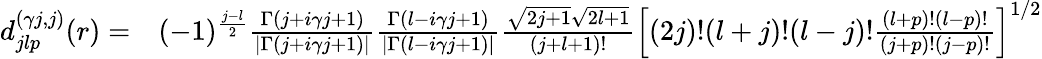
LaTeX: \begin{array}{rl}{d_{jlp}^{(\gamma j,j)}(r)=}&{{}(-1)^{\frac{j-l}{2}}\frac{\Gamma\left(j+i\gamma j+1\right)}{\left|\Gamma\left(j+i\gamma j+1\right)\right|}\frac{\Gamma\left(l-i\gamma j+1\right)}{\left|\Gamma\left(l-i\gamma j+1\right)\right|}\frac{\sqrt{2j+1}\sqrt{2l+1}}{(j+l+1)!}\left[(2j)!(l+j)!(l-j)!\frac{(l+p)!(l-p)!}{(j+p)!(j-p)!}\right]^{1/2}}\end{array}